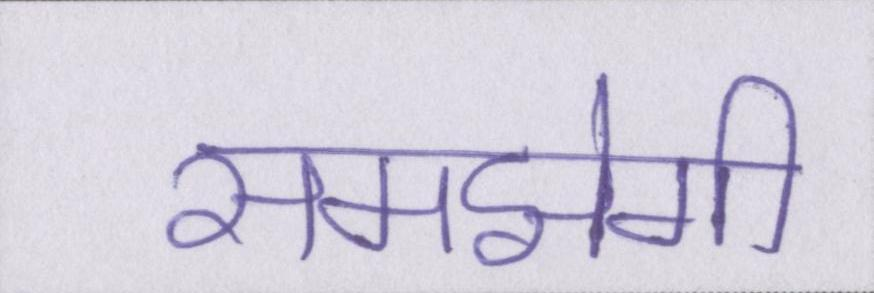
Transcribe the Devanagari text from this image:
समझेगी